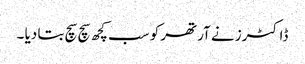
ڈاکٹرز نے آرتھر کو سب کچھ سچ سچ بتا دیا ۔